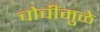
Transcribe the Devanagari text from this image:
चोचींमुळे